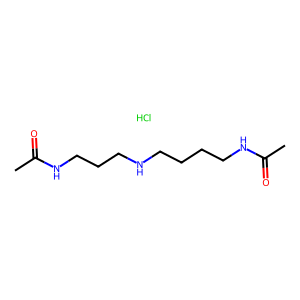
SMILES: CC(=O)NCCCCNCCCNC(C)=O.Cl
Inhibits HIV replication: No